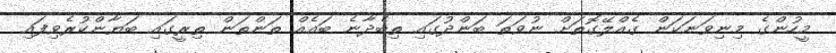
މީހުންގެ މިނިވަނަކަން ގެއްލޭގޮތަށް ނުވަތަ ބަންދުގައި ތިބެދާނެ ބައެއް ތަންތަން ތިރީގައި ބަޔާންކުރެވިފައި